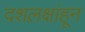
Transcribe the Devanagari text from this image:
दशल़क्षांहून